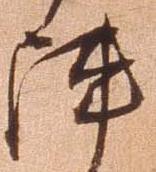
陣